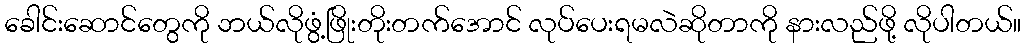
ခေါင်းဆောင်တွေကို ဘယ်လိုဖွံ့ဖြိုးတိုးတက်အောင် လုပ်ပေးရမလဲဆိုတာကို နားလည်ဖို့ လိုပါတယ်။